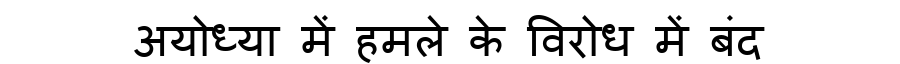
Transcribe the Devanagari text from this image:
अयोध्या में हमले के विरोध में बंद